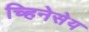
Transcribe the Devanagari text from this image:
च्हिनेसेय